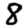
Digit: 8